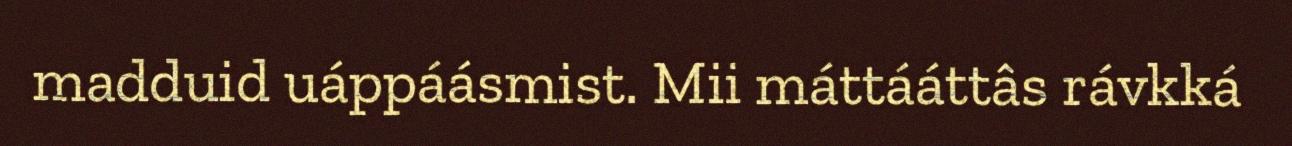
madduid uáppáásmist. Mii máttááttâs rávkká